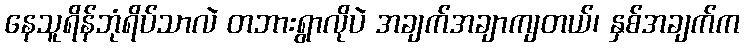
နေသူရိန်ဘုံရိပ်သာလဲ တဘားရွာလိုပဲ အချက်အချာကျတယ်၊ နှစ်အချက်က